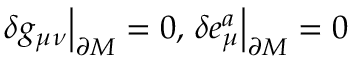
\left. \delta g _ { \mu \nu } \right| _ { \partial M } = 0 , \left. \delta e _ { \mu } ^ { a } \right| _ { \partial M } = 0